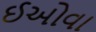
ઈઓવા